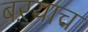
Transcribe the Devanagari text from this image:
बऱयाच